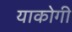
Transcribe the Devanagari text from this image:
याकोगी